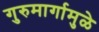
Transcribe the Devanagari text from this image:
गुरुमार्गामुळे